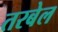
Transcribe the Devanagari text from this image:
तरबेल